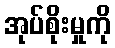
အုပ်စိုးမှုကို